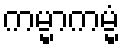
ကမ္မာကမ္မံ